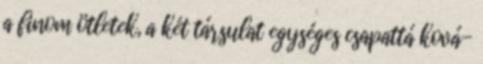
a finom ötletek, a két társulat egységes csapattá ková-